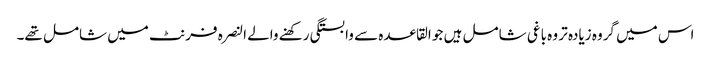
اس میں گروہ زیادہ تر وہ باغی شامل ہیں جو القاعدہ سے وابستگی رکھنے والے النصرہ فرنٹ میں شامل تھے۔